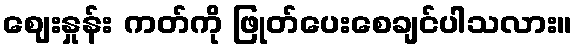
ဈေးနှုန်း ကတ်ကို ဖြုတ်ပေးစေချင်ပါသလား။